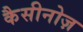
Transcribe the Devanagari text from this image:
कैसीनोज़